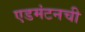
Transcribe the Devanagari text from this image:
एडमंटनची